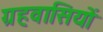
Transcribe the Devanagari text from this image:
ग्रहवासियों